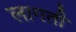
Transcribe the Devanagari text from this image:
लागती